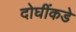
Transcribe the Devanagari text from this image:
दोघींकडे